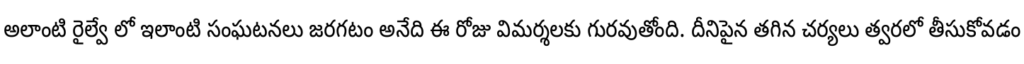
అలాంటి రైల్వే లో ఇలాంటి సంఘటనలు జరగటం అనేది ఈ రోజు విమర్శలకు గురవుతోంది. దీనిపైన తగిన చర్యలు త్వరలో తీసుకోవడం